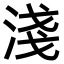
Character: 淺